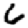
Digit: 6